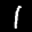
Label: 1